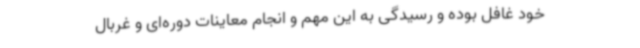
خود غافل بوده و رسیدگی به این مهم و انجام معاینات دوره‌ای و غربال